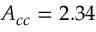
A _ { c c } = 2 . 3 4